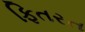
ફિતરત